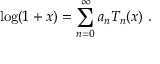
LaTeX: \log ( 1 + x ) = \sum _ { n = 0 } ^ { \infty } a _ { n } T _ { n } ( x ) ~ .